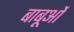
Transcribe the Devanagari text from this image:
बाबूओं